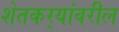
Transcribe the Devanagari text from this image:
शेतकर्‍यांवरील